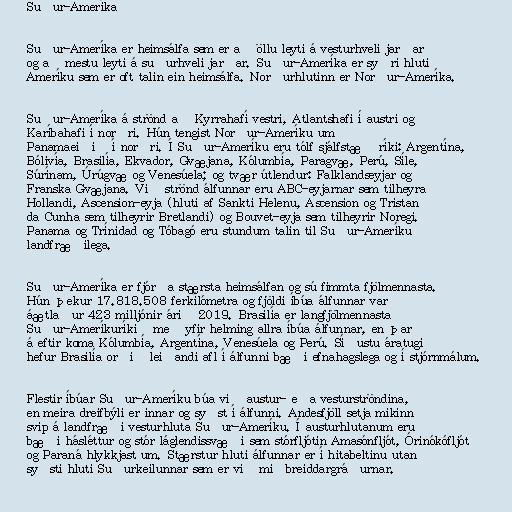
Suður-Ameríka

Suður-Ameríka er heimsálfa sem er að öllu leyti á vesturhveli jarðar
og að mestu leyti á suðurhveli jarðar. Suður-Ameríka er syðri hluti
Ameríku sem er oft talin ein heimsálfa. Norðurhlutinn er Norður-Ameríka.

Suður-Ameríka á strönd að Kyrrahafí vestri, Atlantshafi í austri og
Karíbahafi í norðri. Hún tengist Norður-Ameríku um
Panamaeiðið í norðri. Í Suður-Ameríku eru tólf sjálfstæð ríki: Argentína,
Bólivía, Brasilía, Ekvador, Gvæjana, Kólumbía, Paragvæ, Perú, Síle,
Súrínam, Úrúgvæ og Venesúela; og tvær útlendur: Falklandseyjar og
Franska Gvæjana. Við strönd álfunnar eru ABC-eyjarnar sem tilheyra
Hollandi, Ascension-eyja (hluti af Sankti Helenu, Ascension og Tristan
da Cunha sem tilheyrir Bretlandi) og Bouvet-eyja sem tilheyrir Noregi.
Panama og Trínidad og Tóbagó eru stundum talin til Suður-Ameríku
landfræðilega.

Suður-Ameríka er fjórða stærsta heimsálfan og sú fimmta fjölmennasta.
Hún þekur 17.818.508 ferkílómetra og fjöldi íbúa álfunnar var
áætlaður 423 milljónir árið 2019. Brasilía er langfjölmennasta
Suður-Ameríkuríkið með yfir helming allra íbúa álfunnar, en þar
á eftir koma Kólumbía, Argentína, Venesúela og Perú. Síðustu áratugi
hefur Brasilía orðið leiðandi afl í álfunni bæði efnahagslega og í stjórnmálum.

Flestir íbúar Suður-Ameríku búa við austur- eða vesturströndina,
en meira dreifbýli er innar og syðst í álfunni. Andesfjöll setja mikinn
svip á landfræði vesturhluta Suður-Ameríku. Í austurhlutanum eru
bæði hásléttur og stór láglendissvæði sem stórfljótin Amasónfljót, Órinókófljót
og Paraná hlykkjast um. Stærstur hluti álfunnar er í hitabeltinu utan
syðsti hluti Suðurkeilunnar sem er við miðbreiddargráðurnar.